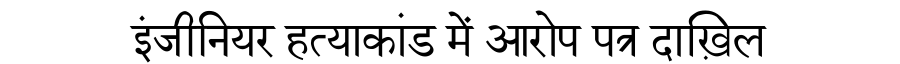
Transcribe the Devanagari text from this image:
इंजीनियर हत्याकांड में आरोप पत्र दाख़िल